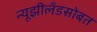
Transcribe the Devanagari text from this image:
न्यूझीलँडसोबत